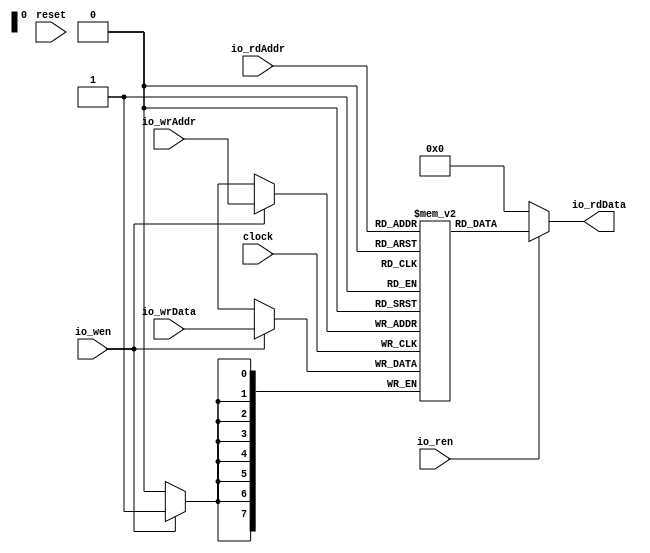
module Memo(
  input        clock,
  input        reset,
  input        io_wen,
  input  [7:0] io_wrAddr,
  input  [7:0] io_wrData,
  input        io_ren,
  input  [7:0] io_rdAddr,
  output [7:0] io_rdData
);
`ifdef RANDOMIZE_MEM_INIT
  reg [31:0] _RAND_0;
`endif // RANDOMIZE_MEM_INIT
  reg [7:0] mem [0:255]; // @[Memo.scala 23:16]
  wire  mem__T_21_en; // @[Memo.scala 23:16]
  wire [7:0] mem__T_21_addr; // @[Memo.scala 23:16]
  wire [7:0] mem__T_21_data; // @[Memo.scala 23:16]
  wire [7:0] mem__T_19_data; // @[Memo.scala 23:16]
  wire [7:0] mem__T_19_addr; // @[Memo.scala 23:16]
  wire  mem__T_19_mask; // @[Memo.scala 23:16]
  wire  mem__T_19_en; // @[Memo.scala 23:16]
  assign mem__T_21_en = io_ren;
  assign mem__T_21_addr = io_rdAddr;
  assign mem__T_21_data = mem[mem__T_21_addr]; // @[Memo.scala 23:16]
  assign mem__T_19_data = io_wrData;
  assign mem__T_19_addr = io_wrAddr;
  assign mem__T_19_mask = 1'h1;
  assign mem__T_19_en = io_wen;
  assign io_rdData = io_ren ? mem__T_21_data : 8'h0; // @[Memo.scala 30:17 Memo.scala 31:15 Memo.scala 29:13]
  always @(posedge clock) begin
    if (mem__T_19_en & mem__T_19_mask) begin
      mem[mem__T_19_addr] <= mem__T_19_data; // @[Memo.scala 23:16]
    end
  end
// Register and memory initialization
`ifdef RANDOMIZE_GARBAGE_ASSIGN
`define RANDOMIZE
`endif
`ifdef RANDOMIZE_INVALID_ASSIGN
`define RANDOMIZE
`endif
`ifdef RANDOMIZE_REG_INIT
`define RANDOMIZE
`endif
`ifdef RANDOMIZE_MEM_INIT
`define RANDOMIZE
`endif
`ifndef RANDOM
`define RANDOM $random
`endif
`ifdef RANDOMIZE_MEM_INIT
  integer initvar;
`endif
`ifndef SYNTHESIS
`ifdef FIRRTL_BEFORE_INITIAL
`FIRRTL_BEFORE_INITIAL
`endif
initial begin
  `ifdef RANDOMIZE
    `ifdef INIT_RANDOM
      `INIT_RANDOM
    `endif
    `ifndef VERILATOR
      `ifdef RANDOMIZE_DELAY
        #`RANDOMIZE_DELAY begin end
      `else
        #0.002 begin end
      `endif
    `endif
`ifdef RANDOMIZE_MEM_INIT
  _RAND_0 = {1{`RANDOM}};
  for (initvar = 0; initvar < 256; initvar = initvar+1)
    mem[initvar] = _RAND_0[7:0];
`endif // RANDOMIZE_MEM_INIT
  `endif // RANDOMIZE
end // initial
`ifdef FIRRTL_AFTER_INITIAL
`FIRRTL_AFTER_INITIAL
`endif
`endif // SYNTHESIS
endmodule